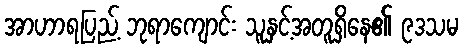
အာဟာရပြည့် ဘုရာကျောင်း သူနှင့်အတူရှိနေ၏ ၉ဒသမ